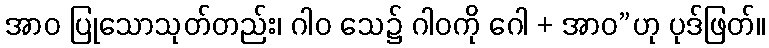
အာဝ ပြုသောသုတ်တည်း၊ ဂါဝ သေ၌ ဂါဝကို ဂေါ + အာဝ”ဟု ပုဒ်ဖြတ်။